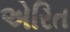
એરિત